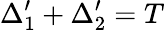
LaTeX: \Delta_{1}^{\prime}+\Delta_{2}^{\prime}=T